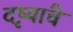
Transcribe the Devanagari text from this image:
दृष्यांचे